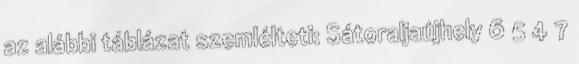
az alábbi táblázat szemlélteti: Sátoraljaújhely 6 5 4 7